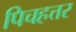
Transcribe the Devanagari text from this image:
पिचहत्तर